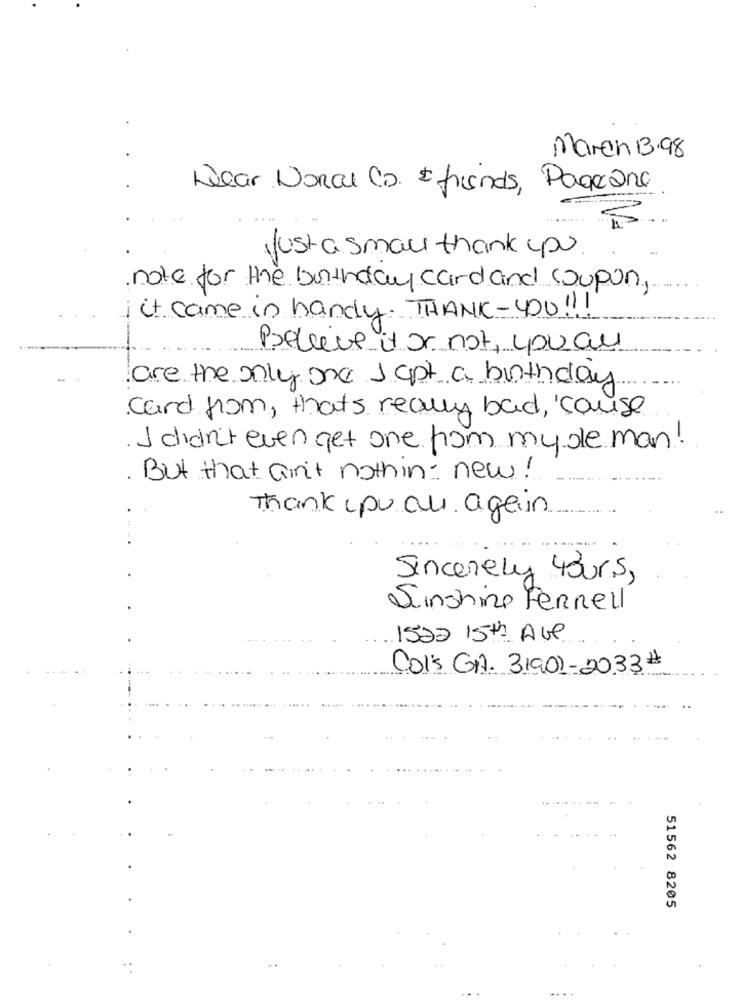
March 13.98
Wear Donal CD. & friends, Pageane
just a small thank you
note for the birthday card and coupon,
it came in handy. THANK-YOU!
Believe it or not, youau
are the only one J cpt a birthday
card from, that's really bad, 'cause
. I didn't even get one from my de man!
. But that ain't nothin= new!
Thank pu au again
Sincerely Yours,
Sinshine Ferrell
1522 15th Ave
Col's GAA. 31902-20.33#
51562 8205
-.